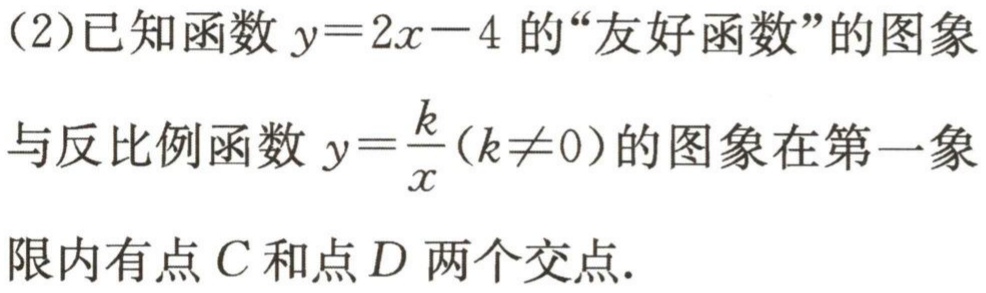
（2）已知函数$y = 2x - 4$的“友好函数”的图象

与反比例函数$y=\frac{k}{x}(k\neq0)$的图象在第一象

限内有点$C$和点$D$两个交点.